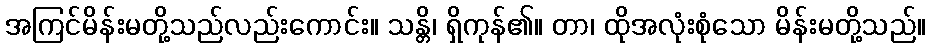
အကြင်မိန်းမတို့သည်လည်းကောင်း။ သန္တိ၊ ရှိကုန်၏။ တာ၊ ထိုအလုံးစုံသော မိန်းမတို့သည်။